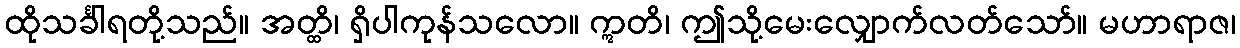
ထိုသင်္ခါရတို့သည်။ အတ္ထိ၊ ရှိပါကုန်သလော။ ဣတိ၊ ဤသို့မေးလျှောက်လတ်သော်။ မဟာရာဇ၊